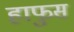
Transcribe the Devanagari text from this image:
हाफुस